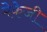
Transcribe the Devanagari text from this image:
मेकेजी